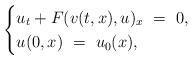
LaTeX: \begin{align*}\begin{cases} u_t+ F(v(t,x), u)_x~=~0,\\u(0,x)~=~u_0 (x),\end{cases}\end{align*}